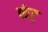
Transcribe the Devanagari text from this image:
फंट